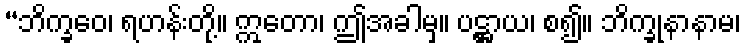
“ဘိက္ခဝေ၊ ရဟန်းတို့။ ဣတော၊ ဤအခါမှ။ ပဋ္ဌာယ၊ စ၍။ ဘိက္ခုနာနာမ၊